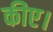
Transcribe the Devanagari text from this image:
कीए।